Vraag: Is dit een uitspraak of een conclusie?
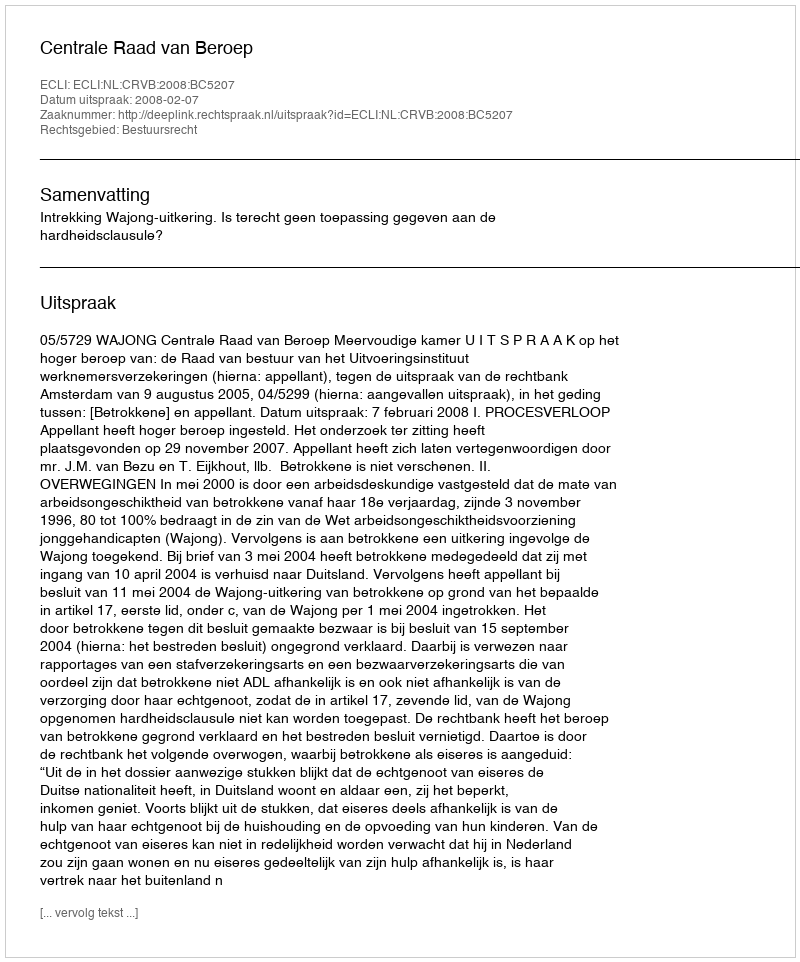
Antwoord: Uitspraak